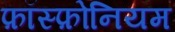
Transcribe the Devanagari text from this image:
फ़ॉस्फ़ोनियम